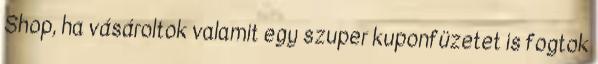
Shop, ha vásároltok valamit egy szuper kuponfüzetet is fogtok